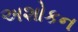
અશોકન